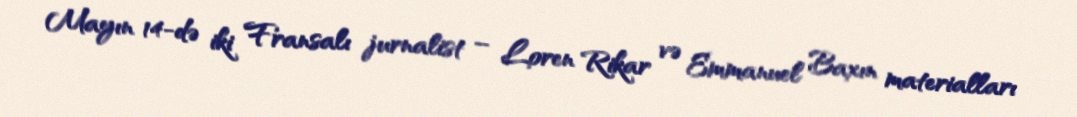
Mayın 14-də iki Fransalı jurnalist – Loren Rikar və Emmanuel Baxın materialları